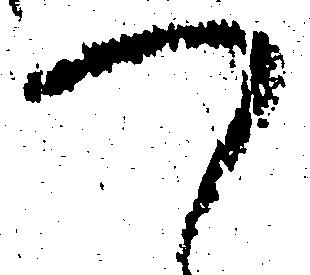
つ